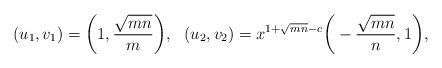
LaTeX: \begin{align*}(u_1,v_1)=\bigg(1,\frac{\sqrt{mn}}{m}\bigg),~~(u_2,v_2)=x^{1+\sqrt{mn}-c}\bigg(-\frac{\sqrt{mn}}{n},1\bigg),\end{align*}